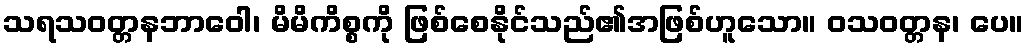
သရသဝတ္တနဘာဝေါ၊ မိမိကိစ္စကို ဖြစ်စေနိုင်သည်၏အဖြစ်ဟူသော။ ဝသဝတ္တန၊ ပေ။